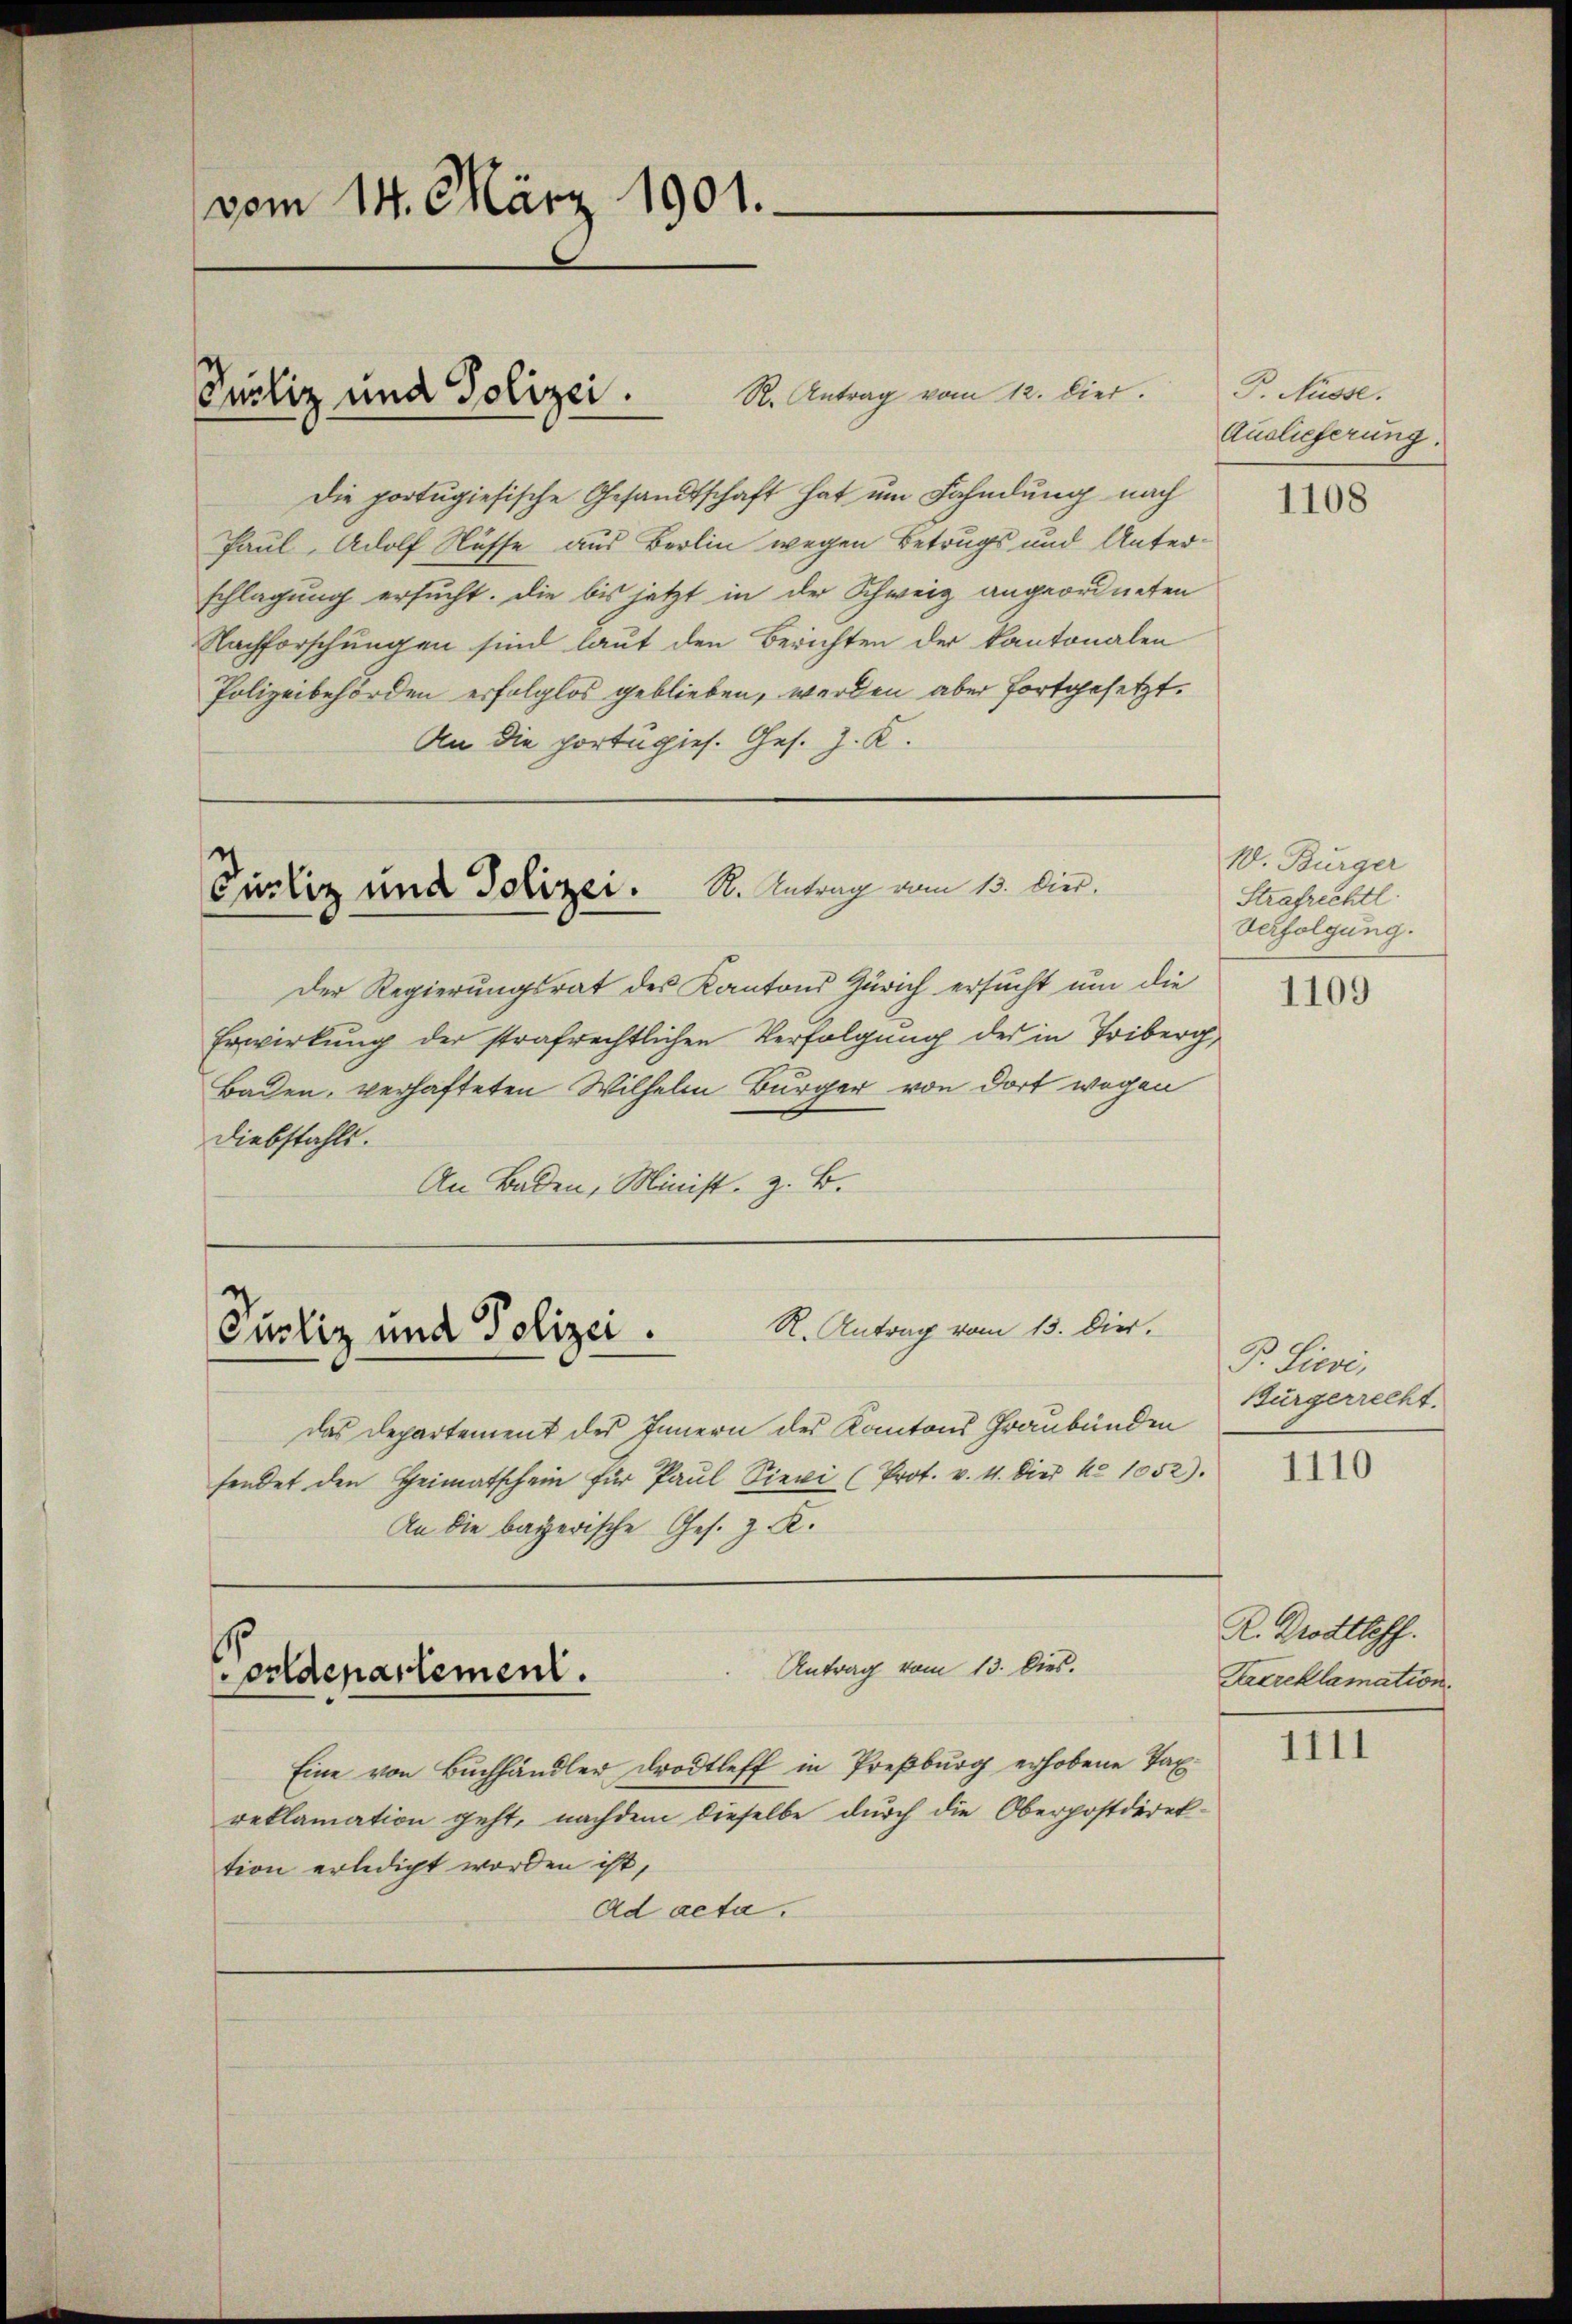
vom 14. März 1901.

Die portugisische Gesandtschaft hat um Fahndung nach
Paul, Adolf Nüsse aus Berlin wegen Betrugs und Unter-
schlagung ersucht. Die bis jetzt in der Schweiz angeordneten
Nachforschungen sind laut den Berichten der Kantonalen
Polizeibehörden erfolglos geblieben, werden aber fortgesetzt.
An die portugies. Ges. J. K.

Pustiz und Polizei. S. Antrag vom 12. hier.

Curliz und Polizei. R. Antrag vom 13. Vier.

R. Antrag vom 13. Dier.
Pucliz und Polizei.

Der Regierungsrat des Kantons Zürich ersucht um die
Erwirkung der strafrechtlichen Verfolgung des in Triberg,
Baden, verhafteten Wilhelm Bürger von dort wegen
Diebstahls.
An Baden, Minist, z. B.

orldepartement.

das Departement des Innern des Kantons Graubünden
sendet den Heimatschein für Paŭl Sievi (Prot. v. 4. Dies No 1052).
An die bayerische Ges. z. K.
Antrag vom 13. Dies.
Eine von Buchhändler drodtleff in Preßburg erhobene Taxreklamation geht, nachdem dieselbe durch die Oberpostdirektion erledigt worden ist,
Ad acta.

P. Nüsse.
Auslieferung:

1108

W. Burger
Strafrechtl.
Verfolgung.

1109

P. Sievi,
Bürgerrecht.

1110

R. Drottloff.
Sacreklamation.

1111